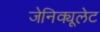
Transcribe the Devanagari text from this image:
जेनिक्यूलेट